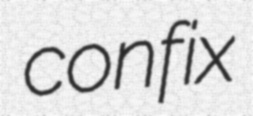
confix